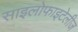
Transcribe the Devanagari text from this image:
साइलोफाइटेलीज